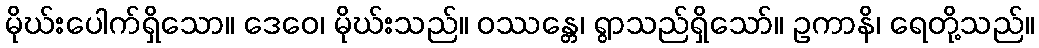
မိုဃ်းပေါက်ရှိသော။ ဒေဝေ၊ မိုဃ်းသည်။ ဝဿန္တေ၊ ရွာသည်ရှိသော်။ ဥကာနိ၊ ရေတို့သည်။